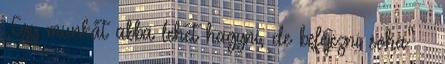
„Egy munkát abba lehet hagyni, de befejezni soha” —